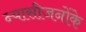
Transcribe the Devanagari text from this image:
न्यासीजनोंके